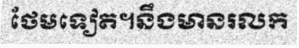
ថែមទៀត។នឹងមានរលក